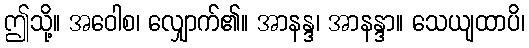
ဤသို့။ အဝေါစ၊ လျှောက်၏။ အာနန္ဒ၊ အာနန္ဒာ။ သေယျထာပိ၊